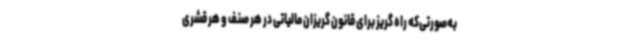
به‌صورتی‌که راه گریز برای قانون گریزان مالیاتی در هر صنف و هر قشری